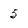
Character: 5